Insane asylums Bombay 1873-77 - 1873-1877
Year: 1873
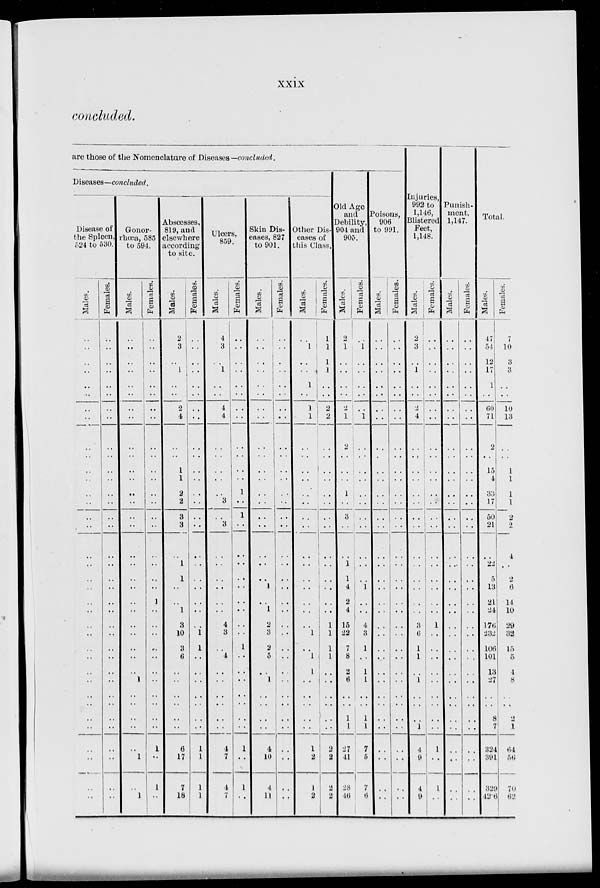
xxix
concluded.
are those of the Nomenclature of Diseases— concluded.
Diseases—concluded.
Disease of
the Spleen,
524 to 530.
Males.
..
..
..
..
..
..
..
..
..
..
....
..
..
..
..
..
..
..
..
..
..
..
..
..
..
..
..
..
..
..
..
..
..
..
..
..
Females.
..
..
..
..
..
..
..
..
..
..
..
..
..
..
..
..
..
..
..
..
..
..
..
..
..
..
..
..
..
..
..
..
..
..
..
..
Gonor-
rhœa, 585
to 594.
Males.
..
..
..
..
..
..
..
..
..
..
..
..
..
..
..
..
..
..
..
..
..
..
..
..
..
..
..
1
..
..
..
..
..
1
..
1
Females.
..
..
..
..
..
..
..
..
..
..
..
..
..
..
..
..
..
..
..
..
1
..
..
..
..
..
..
..
..
..
..
..
1
..
1
..
Abscesses,
819, and
elsewhere
according
to site.
Males.
2
3
..
1
..
..
2
4
..
..
1
1
2
2
3
3
..
1
1
..
..
1
3
10
3
6
..
..
..
..
..
..
6
17
7
18
Females.
..
..
..
..
..
..
..
..
..
..
..
..
..
..
..
..
..
..
..
..
..
..
..
1
1
..
..
..
..
..
..
..
1
1
1
1
Ulcers,
859.
Males.
4
3
..
1
..
..
4
4
..
..
..
..
..
3
..
3
..
..
..
..
..
..
4
3
..
4
..
..
..
..
..
..
4
7
4
7
Females.
..
..
..
..
..
..
..
..
..
..
..
..
1
..
1
..
..
..
..
..
..
..
..
..
1
..
..
..
..
..
..
..
1
..
1
..
Skin Dis-
eases, 827
to 901.
Males.
..
..
..
..
..
..
..
..
..
..
..
..
..
..
..
..
..
..
..
1
..
1
2
3
2
5
..
1
..
..
..
..
4
10
4
11
Females.
..
..
..
..
..
..
..
..
..
..
..
..
..
..
..
..
..
..
..
..
..
..
..
..
..
..
..
..
..
..
..
..
..
..
..
..
Other Dis-
eases of
this Class.
Males.
..
1
..
..
1
..
1
1
..
..
..
..
..
..
..
..
..
..
..
..
..
..
..
1
..
1
1
..
..
..
..
..
1
2
1
2
Females.
1
1
1
1
1
..
2
2
..
..
..
..
..
..
..
..
..
..
..
..
..
..
1
1
1
1
..
..
..
..
..
..
2
2
2
2
Old Age
and
Debility,
904 and
905.
Males.
2
1
..
..
..
..
2
1
2
..
..
..
1
..
3
..
..
1
1
4
2
4
15
22
7
8
2
6
..
..
1
1
27
41
28
46
Females.
..
1
..
..
..
..
..
1
..
..
..
..
..
..
..
..
..
..
..
1
..
..
4
3
1
..
1
1
..
..
1
1
7
5
7
6
Poisons,
906
to 991.
Males.
..
..
..
..
..
..
..
..
..
..
..
..
..
..
..
..
..
..
..
..
..
..
..
..
..
..
..
..
..
..
..
..
..
..
..
..
Females.
..
..
..
..
..
..
..
..
..
..
..
..
..
..
..
..
..
..
..
..
..
..
..
..
..
..
..
..
..
..
..
..
..
..
..
..
Injuries,
992 to
1,146,
Blistered
Feet,
1,148.
Males.
2
3
..
1
..
..
2
4
..
..
..
..
..
..
..
..
..
..
..
..
..
..
3
6
1
1
..
1
..
..
..
1
4
9
4
9
Females.
..
..
..
..
..
..
..
..
..
..
..
..
..
..
..
..
..
..
..
..
..
..
1
..
..
..
..
..
..
..
..
..
1
..
1
..
Punish-
ment,
1,147.
Males.
..
..
..
..
..
..
..
..
..
..
..
..
..
..
..
..
..
..
..
..
..
..
..
..
..
..
..
..
..
..
..
..
..
..
..
..
Females.
..
..
..
..
..
..
..
..
..
..
..
..
..
..
..
..
..
..
..
..
..
..
..
..
..
..
..
..
..
..
..
..
..
..
..
..
Total.
Males.
47
54
12
17
1
..
60
71
2
..
15
4
33
17
50
21
..
22
5
13
21
24
176
232
106
101
13
27
..
..
8
7
324
391
329
42.6
Females.
7
10
3
3
..
..
10
13
..
..
1
1
1
1
2
2
4
..
2
6
14
10
29
32
15
5
4
8
..
..
2
1
64
56
70
62